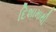
દિશામાથી